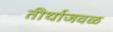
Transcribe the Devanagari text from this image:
तीर्थाजवळ